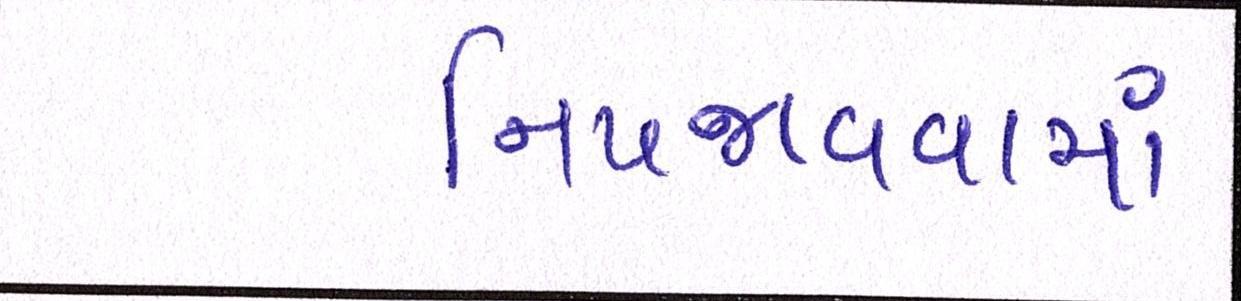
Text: નિપજાવવામાં